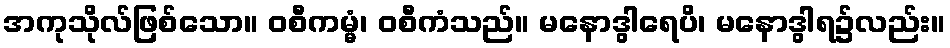
အကုသိုလ်ဖြစ်သော။ ဝစီကမ္မံ၊ ဝစီကံသည်။ မနောဒွါရေပိ၊ မနောဒွါရ၌လည်း။